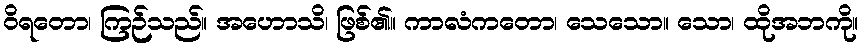
ဝိရတော၊ ကြဉ်သည်။ အဟောသိ၊ ဖြစ်၏။ ကာလံကတော၊ သေသော။ သော၊ ထိုအဘကို။